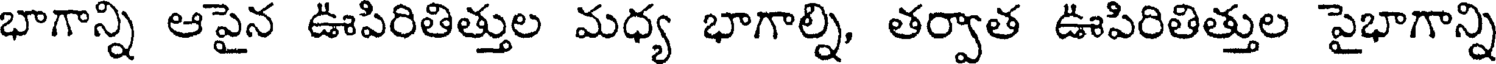
భాగాన్ని ఆపైన ఊపిరితిత్తుల మధ్య భాగాల్ని, తర్వాత ఊపిరితిత్తుల పైభాగాన్ని